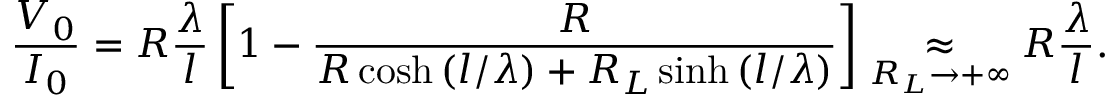
\frac { V _ { 0 } } { I _ { 0 } } = R \frac { \lambda } { l } \left[ 1 - \frac { R } { R \cosh \left( l / \lambda \right) + R _ { L } \sinh \left( l / \lambda \right) } \right] \underset { R _ { L } \rightarrow + \infty } { \approx } R \frac { \lambda } { l } .